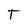
Character: T